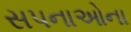
સપનાઓના